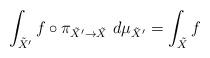
LaTeX: \begin{align*} \int_{\tilde X'} f \circ \pi_{\tilde X' \to \tilde X}\ d\mu_{\tilde X'}= \int_{\tilde X} f\end{align*}